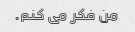
من فکر می کنم.